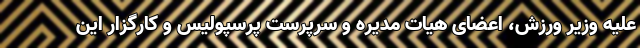
علیه وزیر ورزش، اعضای هیات مدیره و سرپرست پرسپولیس و کارگزار این